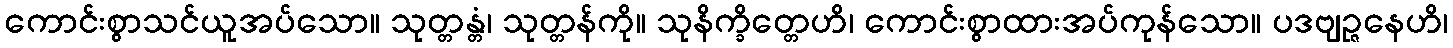
ကောင်းစွာသင်ယူအပ်သော။ သုတ္တန္တံ၊ သုတ္တန်ကို။ သုနိက္ခိတ္တေဟိ၊ ကောင်းစွာထားအပ်ကုန်သော။ ပဒဗျဉ္ဇနေဟိ၊